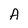
Character: A